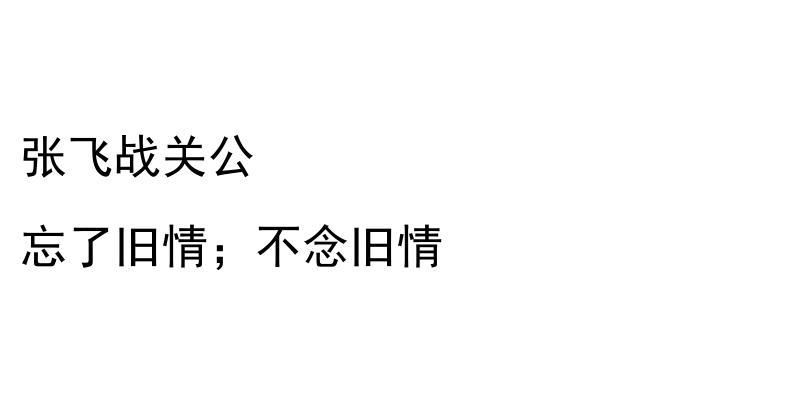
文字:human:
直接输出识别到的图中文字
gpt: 张飞战关公 忘了旧情；不念旧情